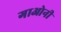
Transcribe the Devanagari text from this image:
गाओनी